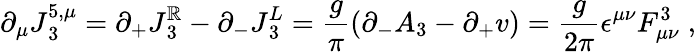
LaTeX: \partial_{\mu}J{^{5,\mu}_{3}}=\partial_{+}J{_3^{\mathbb{R}}}-\partial_{-}J{_3^{L}}={\frac{{g}}{{\pi}}}(\partial_{-}A_{3}-\partial_{+}v)={\frac{{g}}{{2\pi}}}\epsilon^{\mu\nu}F_{\mu\nu}^{3}\; ,